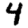
Digit: 4